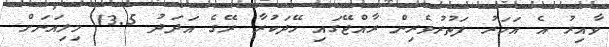
ވާއިރު އެ އަހަރު ފަތުރުވެރިން ރާއްޖޭގައި ހޭދަކުރާ ރޭގެ އަދަދު 13.5 މިލިއަނަށް